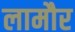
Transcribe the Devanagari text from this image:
लामौर